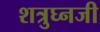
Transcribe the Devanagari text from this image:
शत्रुघ्नजी